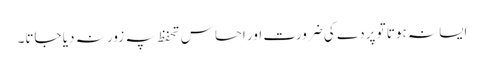
ایسا نہ ہوتا تو پردے کی ضرورت اور احساس تحفظ پہ زور نہ دیا جاتا۔